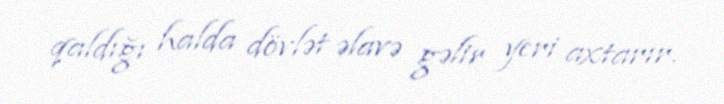
qaldığı halda dövlət əlavə gəlir yeri axtarır.